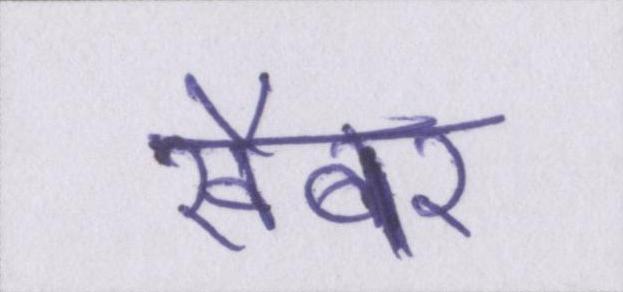
खैबर